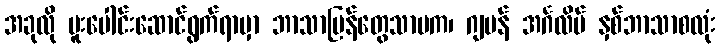
အခုလို ပူးပေါင်းဆောင်ရွက်ရာမှာ ဘာသာပြန်တွေသာမက၊ ဂျပန် အင်္ဂလိပ် နှစ်ဘာသာစလုံး